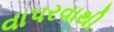
વાપરવાથી